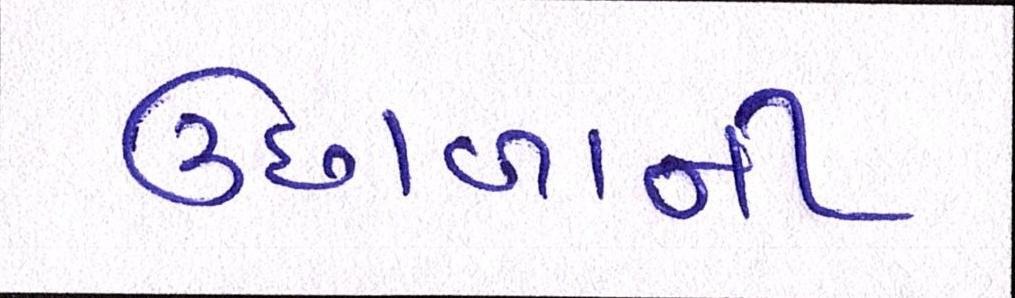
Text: ઉછાળાની